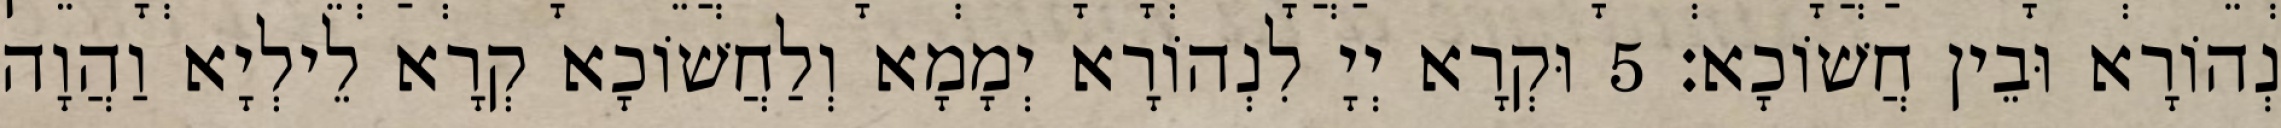
נְהוֹרָא וּבֵין חֲשׁוֹכָא׃ 5 וּקְרָא יְיָ לִנְהוֹרָא יְמָמָא וְלַחֲשׁוֹכָא קְרָא לֵילְיָא וַהֲוָה